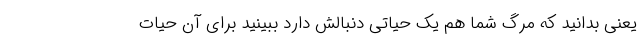
یعنی بدانید که مرگ شما هم یک حیاتی دنبالش دارد ببینید برای آن حیات